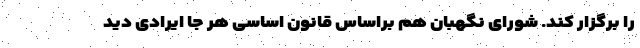
را برگزار کند. شورای نگهبان هم براساس قانون اساسی هر جا ایرادی دید